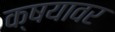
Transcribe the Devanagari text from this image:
क्षयावर